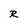
Character: R